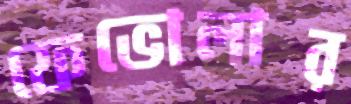
ফেভোলার